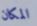
المكان